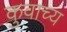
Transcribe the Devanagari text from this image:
कुवाच्य